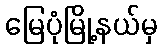
မြေပုံမြို့နယ်မှ